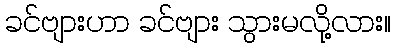
ခင်ဗျားဟာ ခင်ဗျား သွားမလို့လား။